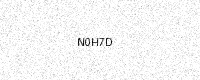
Text: N0H7D